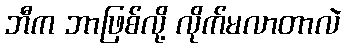
ဘီက ဘာဖြစ်လို့ လိုက်မလာတာလဲ